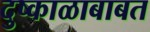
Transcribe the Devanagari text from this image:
दुष्काळाबाबत